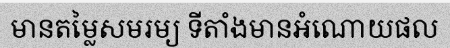
មានតម្លៃសមរម្យ ទីតាំងមានអំណោយផល